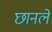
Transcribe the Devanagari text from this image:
छानलें